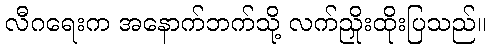
လီဂရေးက အနောက်ဘက်သို့ လက်ညှိုးထိုးပြသည်။